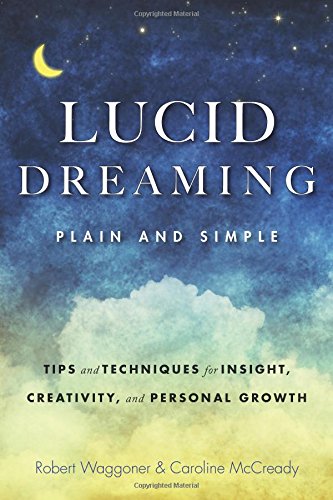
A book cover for Lucid Dreaming, Plain and Simple: Tips and Techniques for Insight, Creativity, and Personal Growth; Robert Waggoner; Self-Help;